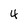
Character: 4